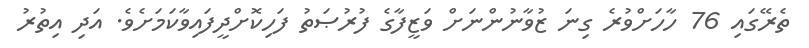
ތެރޭގައި 76 ހާހަށްވުރެ ގިނަ ޒުވާނުންނަށް ވަޒީފާގެ ފުރުޞަތު ފަހިކޮށްދީފައިވާކަމަށެވެ. އަދި އިތުރު